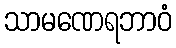
သာမဏေရဘာဝံ